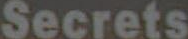
Secrets